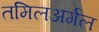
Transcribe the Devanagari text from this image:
तमिलअर्गल